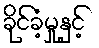
ခိုင်ခံ့မှုနှင့်